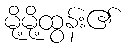
မို့မို့ထွန်း၏